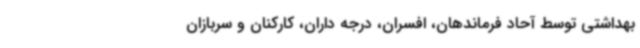
بهداشتی توسط آحاد فرماندهان، افسران، درجه داران، کارکنان و سربازان